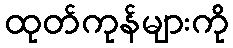
ထုတ်ကုန်များကို